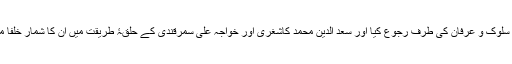
تعلیم کے بعد سلوک و عرفان کی طرف رجوع کیا اور سعد الدین محمد کاشغری اور خواجہ علی سمرقندی کے حلقۂ طریقت میں ان کا شمار خلفا میں ہونے لگا۔